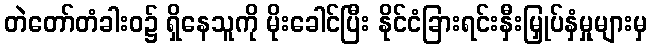
တဲတော်တံခါးဝ၌ ရှိနေသူကို မိုးခေါင်ပြီး နိုင်ငံခြားရင်းနှီးမြှုပ်နှံမှုများမှ